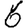
Digit: 6